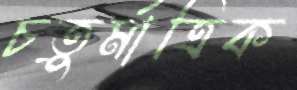
চতুর্মাত্রিক